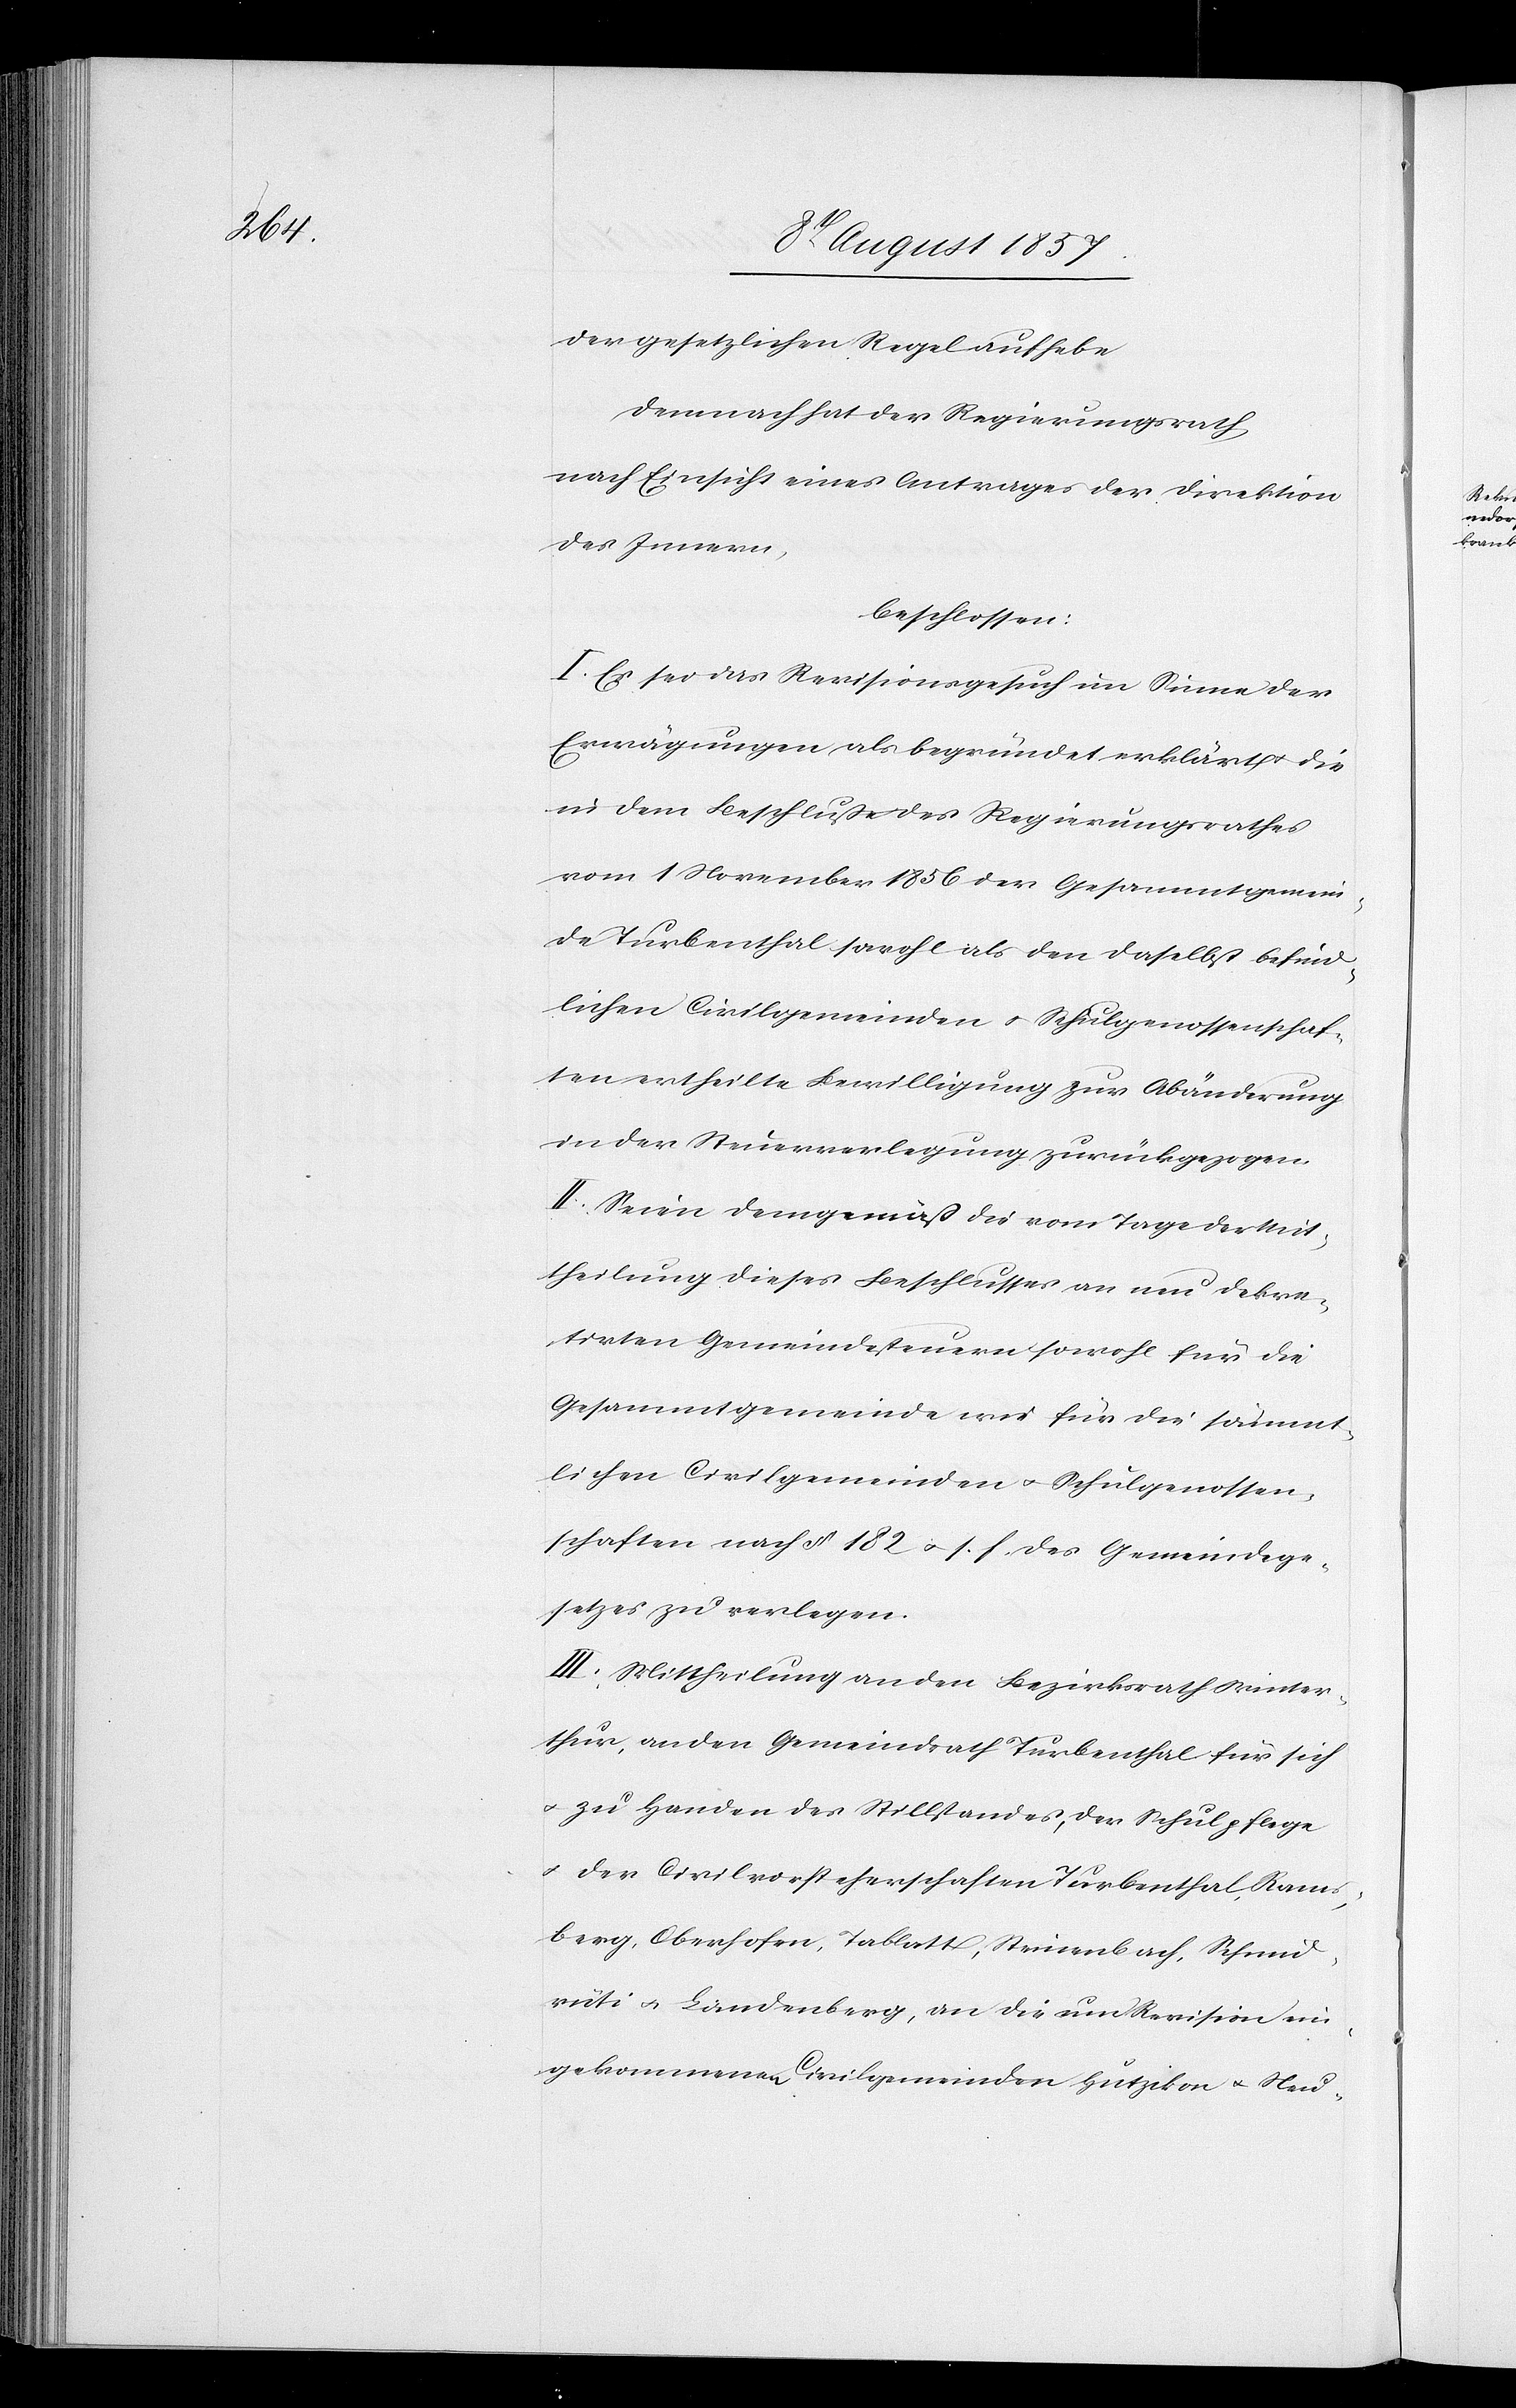
der gesetzlichen Regel aufhebe
Demnach hat der Regierungsrath,
nach Einsicht eines Antrages der Direktion
des Innern,
beschlossen:
I. Es sei das Revisionsgesuch im Sinne der
Erwägungen als begründet erklärt & die
in dem Beschlusse des Regierungsrathes
vom 10 November 1856 der Gesammtgemein¬
de Turbenthal sowohl als den daselbst befind¬
lichen Civilgemeinden & Schulgenossenschaf¬
ten ertheilte Bewilligung zur Abänderung
in der Steuerverlegung zurückgezogen.
II. Seien demgemäß die vom Tage der Mit¬
theilung dieses Beschlusses an neu dekre¬
tirten Gemeindesteuern sowohl für die
Gesammtgemeinde wie für die sämmt¬
lichen Civilgemeinden & Schulgenossen¬
schaften nach § 182 & s. f. des Gemeindege¬
setzes zu verlegen.
III. Mittheilung an den Bezirksrath Winter¬
thur, an den Gemeindrath Turbenthal für sich
& zu Handen des Stillstandes, der Schulpflege
& der Civilvorsteherschaften Turbenthal, Rams¬
berg, Oberhofen, Tablatt, Strinenbach, Schmid¬
rüti & Landenberg, an die um Revision ein¬
gekommenen Civilgemeinden Hutzikon & Neu-